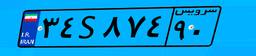
۳۴S۸۷۴۹۰